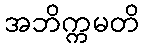
အဘိက္ကမတိ